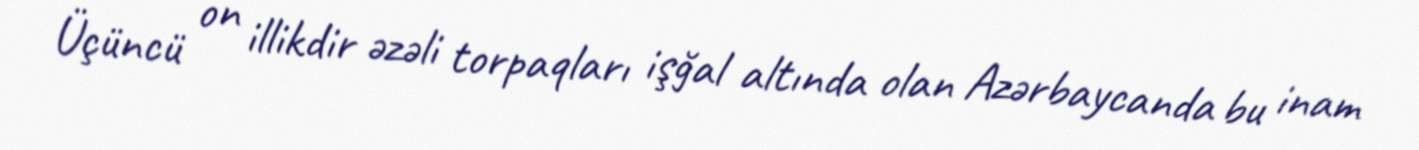
Üçüncü on illikdir əzəli torpaqları işğal altında olan Azərbaycanda bu inam